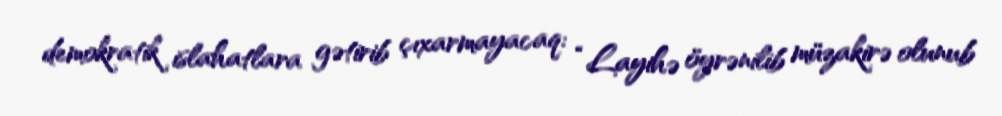
demokratik islahatlara gətirib çıxarmayacaq: “Layihə öyrənilib müzakirə olunub